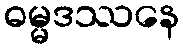
ဓမ္မဒဿနေ